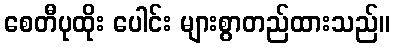
စေတီပုထိုး ပေါင်း များစွာတည်ထားသည်။